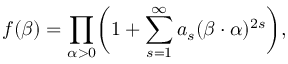
f ( \beta ) = \prod _ { \alpha > 0 } \biggl ( 1 + \sum _ { s = 1 } ^ { \infty } a _ { s } ( \beta \cdot \alpha ) ^ { 2 s } \biggr ) ,